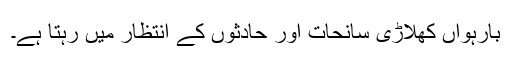
بارہواں کھلاڑی سانحات اور حادثوں کے انتظار میں رہتا ہے۔